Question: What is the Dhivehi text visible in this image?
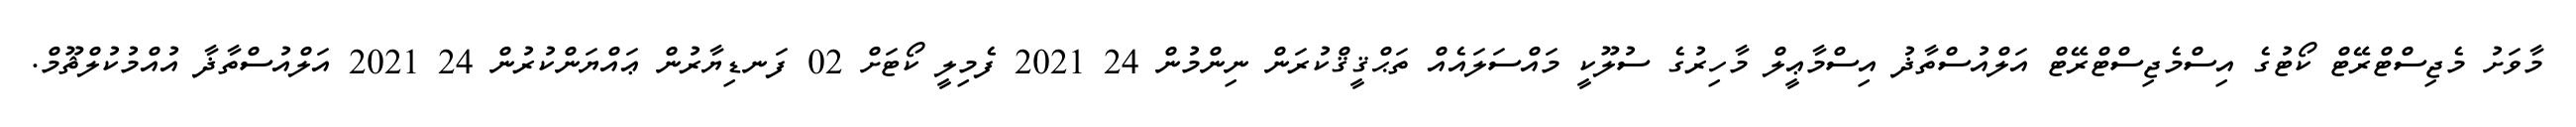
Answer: މާވަށު މެޖިސްޓްރޭޓް ކޯޓުގެ އިސްމެޖިސްޓްރޭޓް އަލްއުސްތާޛު އިސްމާޢީލް މާހިރުގެ ސުލޫކީ މައްސަލައެއް ތަޙްޤީޤްކުރަން ނިންމުން 24 2021 ފެމިލީ ކޯޓަށް 02 ފަނޑިޔާރުން ޢައްޔަންކުރުން 24 2021 އަލްއުސްތާޛާ އުއްމުކުލްޘޫމް.